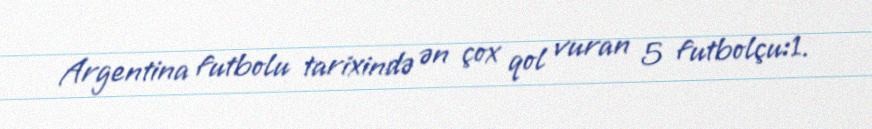
Argentina futbolu tarixində ən çox qol vuran 5 futbolçu:1.